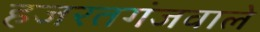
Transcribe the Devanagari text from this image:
हजरतगंजवाले